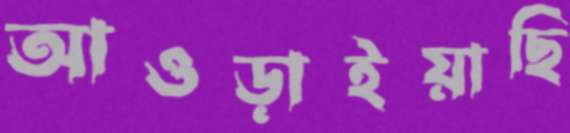
আওড়াইয়াছি